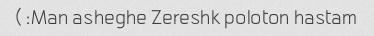
Man asheghe Zereshk poloton hastam:)